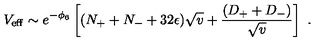
V _ { \mathrm { e f f } } \sim e ^ { - \phi _ { 6 } } \left[ ( N _ { + } + N _ { - } + 3 2 \epsilon ) \sqrt { v } + \frac { ( D _ { + } + D _ { - } ) } { \sqrt { v } } \right] \ .